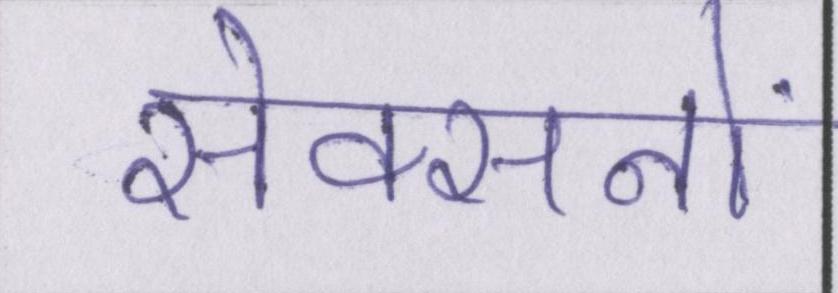
सेक्सनों